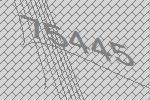
75445